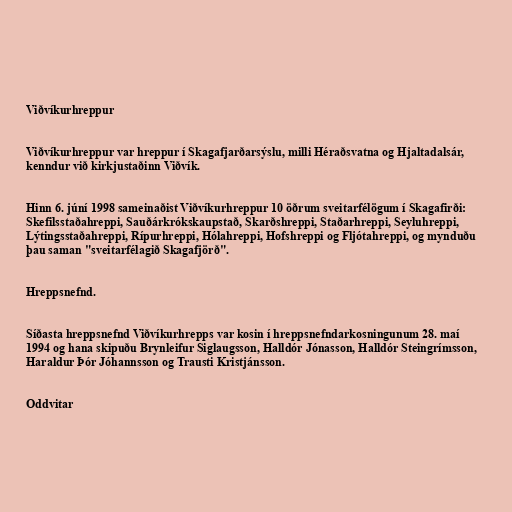
Viðvíkurhreppur

Viðvíkurhreppur var hreppur í Skagafjarðarsýslu, milli Héraðsvatna og Hjaltadalsár,
kenndur við kirkjustaðinn Viðvík.

Hinn 6. júní 1998 sameinaðist Viðvíkurhreppur 10 öðrum sveitarfélögum í Skagafirði:
Skefilsstaðahreppi, Sauðárkrókskaupstað, Skarðshreppi, Staðarhreppi, Seyluhreppi,
Lýtingsstaðahreppi, Rípurhreppi, Hólahreppi, Hofshreppi og Fljótahreppi, og mynduðu
þau saman "sveitarfélagið Skagafjörð".

Hreppsnefnd.

Síðasta hreppsnefnd Viðvíkurhrepps var kosin í hreppsnefndarkosningunum 28. maí
1994 og hana skipuðu Brynleifur Siglaugsson, Halldór Jónasson, Halldór Steingrímsson,
Haraldur Þór Jóhannsson og Trausti Kristjánsson.

Oddvitar